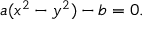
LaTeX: a ( x ^ { 2 } - y ^ { 2 } ) - b = 0 .